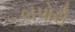
બપોરો